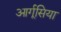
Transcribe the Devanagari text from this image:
आर्गूसिया